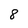
Character: 8